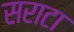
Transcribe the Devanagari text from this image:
सराटा